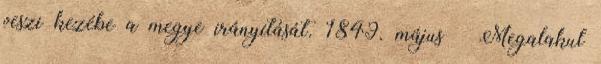
veszi kezébe a megye irányítását. 1849. május – Megalakul